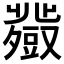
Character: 𧰍